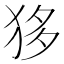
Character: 𤝻